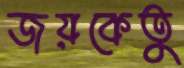
জয়কেতু